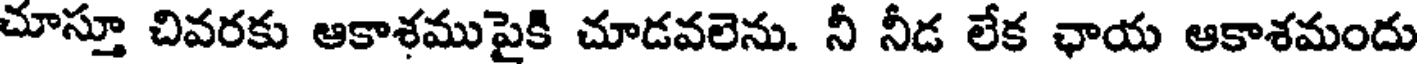
చూస్తూ చివరకు ఆకాశముపైకి చూడవలెను. నీ నీడ లేక ఛాయ ఆకాశమందు